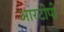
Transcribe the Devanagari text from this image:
आरटीपी